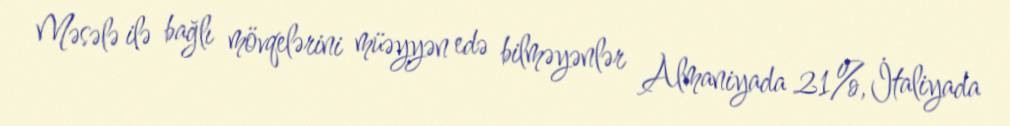
Məsələ ilə bağlı mövqelərini müəyyən edə bilməyənlər Almaniyada 21%, İtaliyada